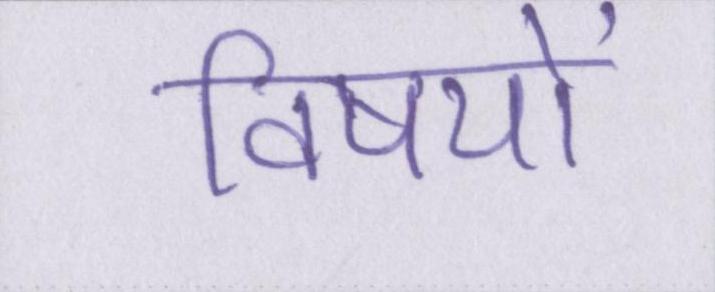
विषयों